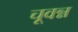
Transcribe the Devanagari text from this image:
चूवन्न